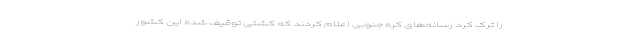
را ترک کرد رسانه‌های کره جنوبی اعلام کردند که کشتی توقیف شده این کشور